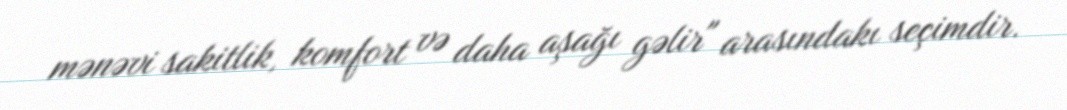
mənəvi sakitlik, komfort və daha aşağı gəlir" arasındakı seçimdir.